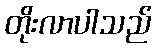
တိုးလာပါသည်